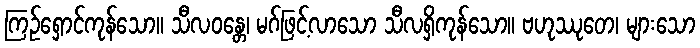
ကြဉ်ရှောင်ကုန်သော။ သီလဝန္တေ၊ မဂ်ဖြင့်လာသော သီလရှိကုန်သော။ ဗဟုဿုတေ၊ များသော